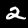
Digit: 2